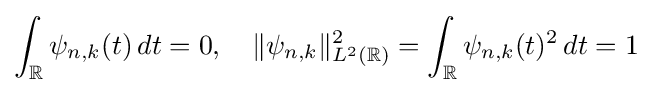
\int _{\mathbb {R} }\psi _{n,k}(t)\,dt=0,\quad \|\psi _{n,k}\|_{L^{2}(\mathbb {R} )}^{2}=\int _{\mathbb {R} }\psi _{n,k}(t)^{2}\,dt=1